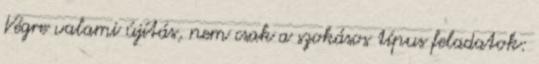
Végre valami újítás, nem csak a szokásos típus feladatok: